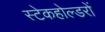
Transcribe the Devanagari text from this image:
स्टेकहोल्डरों